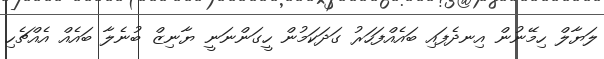
ލަޔާލް ހިމޭނުން އިނދެފައި ބައެއްފަހަރު ގަދަކަމުން ހީގަންނަނީ ޔާނިޒް ބުނެލާ ބައެއް އެއްޗެހި